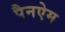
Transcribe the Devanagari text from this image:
पैनऐम